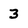
Character: 3